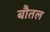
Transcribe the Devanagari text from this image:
बौतल